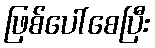
ဖြစ်ပေါ်စေပြီး